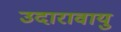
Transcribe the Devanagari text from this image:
उदारावायु